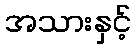
အသားနှင့်